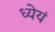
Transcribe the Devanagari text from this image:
ध्येयं